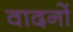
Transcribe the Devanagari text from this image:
वादनों